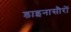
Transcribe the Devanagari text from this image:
डाइनासौरों